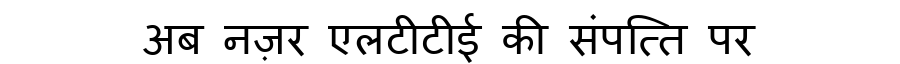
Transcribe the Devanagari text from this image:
अब नज़र एलटीटीई की संपत्ति पर